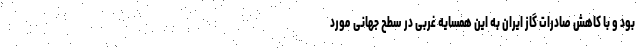
بود و با کاهش صادرات گاز ایران به این همسایه غربی در سطح جهانی مورد